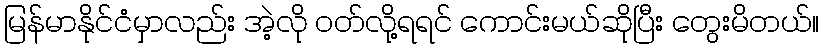
မြန်မာနိုင်ငံမှာလည်း အဲ့လို ဝတ်လို့ရရင် ကောင်းမယ်ဆိုပြီး တွေးမိတယ်။